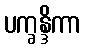
ပက္ခန္ဒိကာ